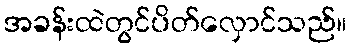
အခန်းထဲတွင်ပိတ်လှောင်သည်။